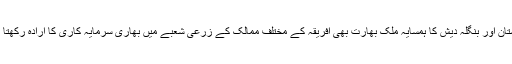
پاکستان اور بنگلہ دیش کا ہمسایہ ملک بھارت بھی افریقہ کے مختلف ممالک کے زرعی شعبے میں بھاری سرمایہ کاری کا ارادہ رکھتا ہے۔